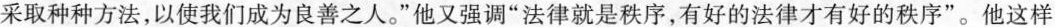
采取种种方法，以使我们成为良善之人。”他又强调”法律就是秩序，有好的法律才有好的秩序”。他这样